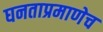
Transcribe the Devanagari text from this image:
घनताप्रमाणेच